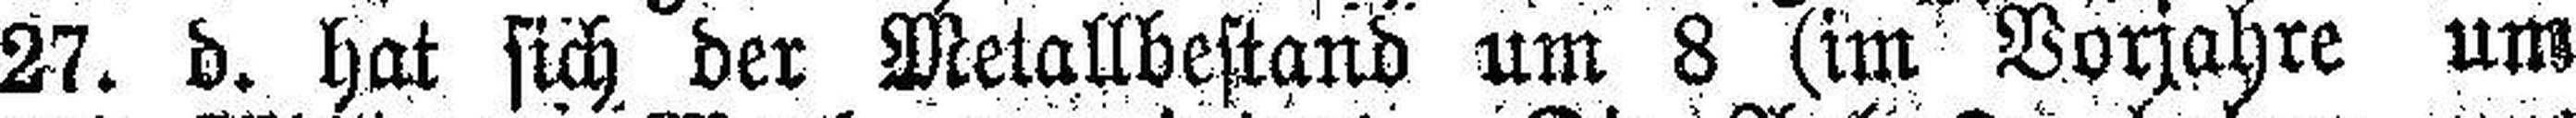
27. d. hat sich der Metallbestand um 8 (im Vorjahre um